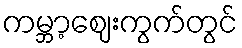
ကမ္ဘာ့ဈေးကွက်တွင်